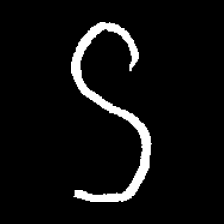
Pyu character \u2014 Myanmar letter: ဌ (romanized: ttha)